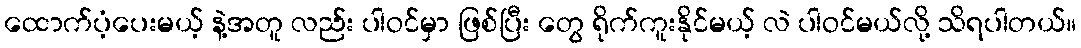
ထောက်ပံ့ပေးမယ့် နဲ့အတူ လည်း ပါဝင်မှာ ဖြစ်ပြီး တွေ ရိုက်ကူးနိုင်မယ့် လဲ ပါဝင်မယ်လို့ သိရပါတယ်။